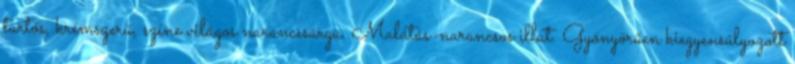
tartós, krémszerű, színe világos narancssárga. Malátás-narancsos illat. Gyönyörűen kiegyensúlyozott